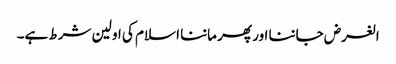
الغرض جاننا اور پھر ماننا اسلام کی اولین شرط ہے۔